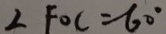
\angle F O C = 6 0 ^ { \circ }